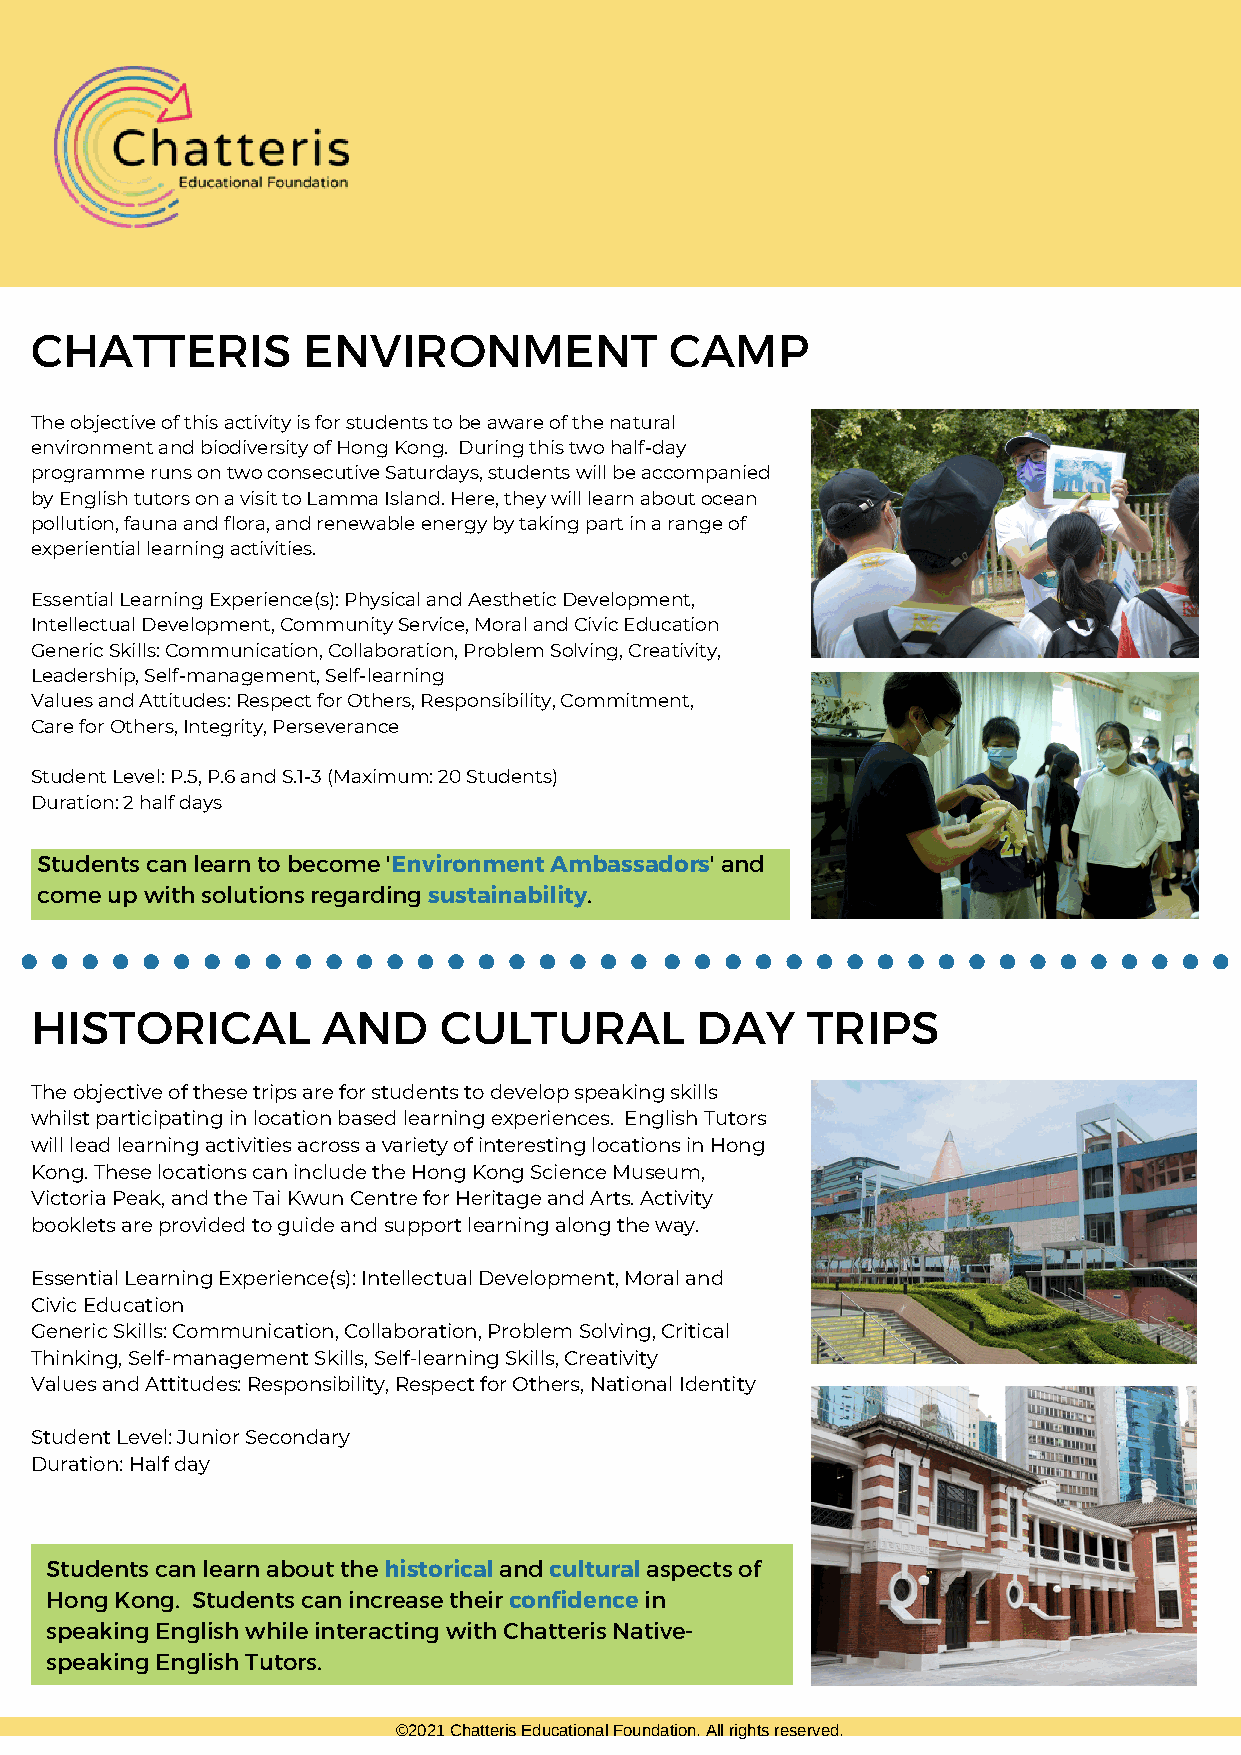
CHATTERIS         ENVIRONMENT             CAMP
 The objective of this activity is for students to be aware of the natural
 environment and biodiversity of Hong Kong. During this two half-day
 programme runs on two consecutive Saturdays, students will be accompanied
 by English tutors on a visit to Lamma Island. Here, they will learn about ocean
 pollution, fauna and flora, and renewable energy by taking part in a range of
 experiential learning activities.
 Essential Learning Experience(s): Physical and Aesthetic Development,
 Intellectual Development, Community Service, Moral and Civic Education
 Generic Skills: Communication, Collaboration, Problem Solving, Creativity,
 Leadership, Self-management, Self-learning
 Values and Attitudes: Respect for Others, Responsibility, Commitment,
 Care for Others, Integrity, Perseverance
 Student Level: P.5, P.6 and S.1-3 (Maximum: 20 Students)
 Duration: 2 half days
 Students can learn to become 'Environment Ambassadors' and
 come up with solutions regarding sustainability.
 HISTORICAL         AND     CULTURAL         DAY    TRIPS
 The objective of these trips are for students to develop speaking skills
 whilst participating in location based learning experiences. English Tutors
 will lead learning activities across a variety of interesting locations in Hong
 Kong. These locations can include the Hong Kong Science Museum,
 Victoria Peak, and the Tai Kwun Centre for Heritage and Arts. Activity
 booklets are provided to guide and support learning along the way.
 Essential Learning Experience(s): Intellectual Development, Moral and
 Civic Education
 Generic Skills: Communication, Collaboration, Problem Solving, Critical
 Thinking, Self-management Skills, Self-learning Skills, Creativity
 Values and Attitudes: Responsibility, Respect for Others, National Identity
 Student Level: Junior Secondary
 Duration: Half day
 Students can learn about the historical and cultural aspects of
 Hong Kong. Students can increase their confidence in
 speaking English while interacting with Chatteris Native-
 speaking English Tutors.
 ©2021 Chatteris Educational Foundation. All rights reserved.